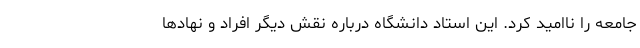
جامعه را ناامید کرد. این استاد دانشگاه درباره نقش دیگر افراد و نهادها